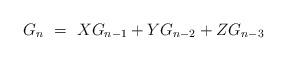
LaTeX: \begin{align*} G_{n}\ =\ XG_{n-1}+YG_{n-2}+ZG_{n-3} \end{align*}